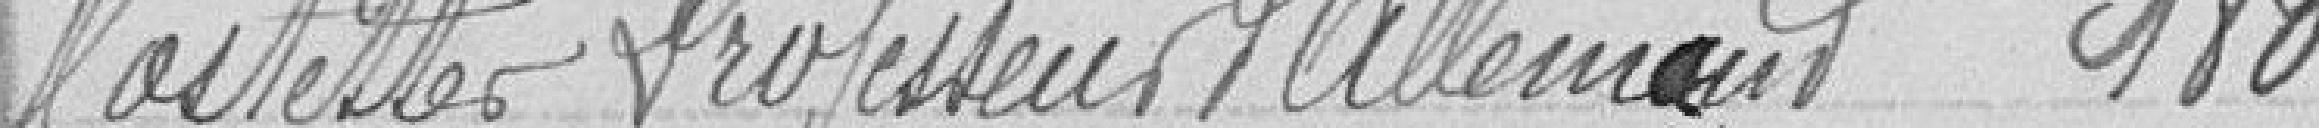
Kosletter professeur d'allemand 180